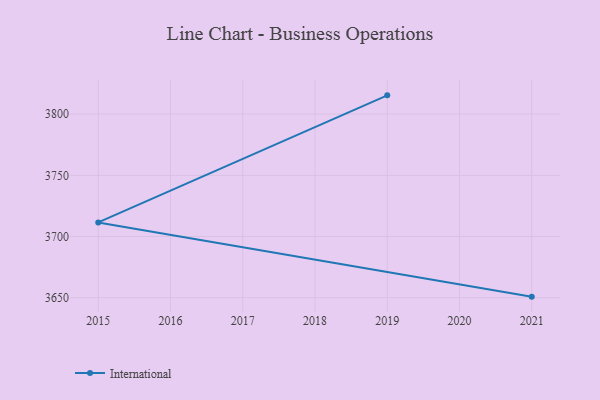
{"axis": {"x": "Year", "y": "Backlog"}, "legend": ["International"], "data": [{"x": "2021", "y": 3650.9, "type": "International"}, {"x": "2015", "y": 3711.5, "type": "International"}, {"x": "2019", "y": 3815.3, "type": "International"}]}